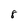
Character: 8